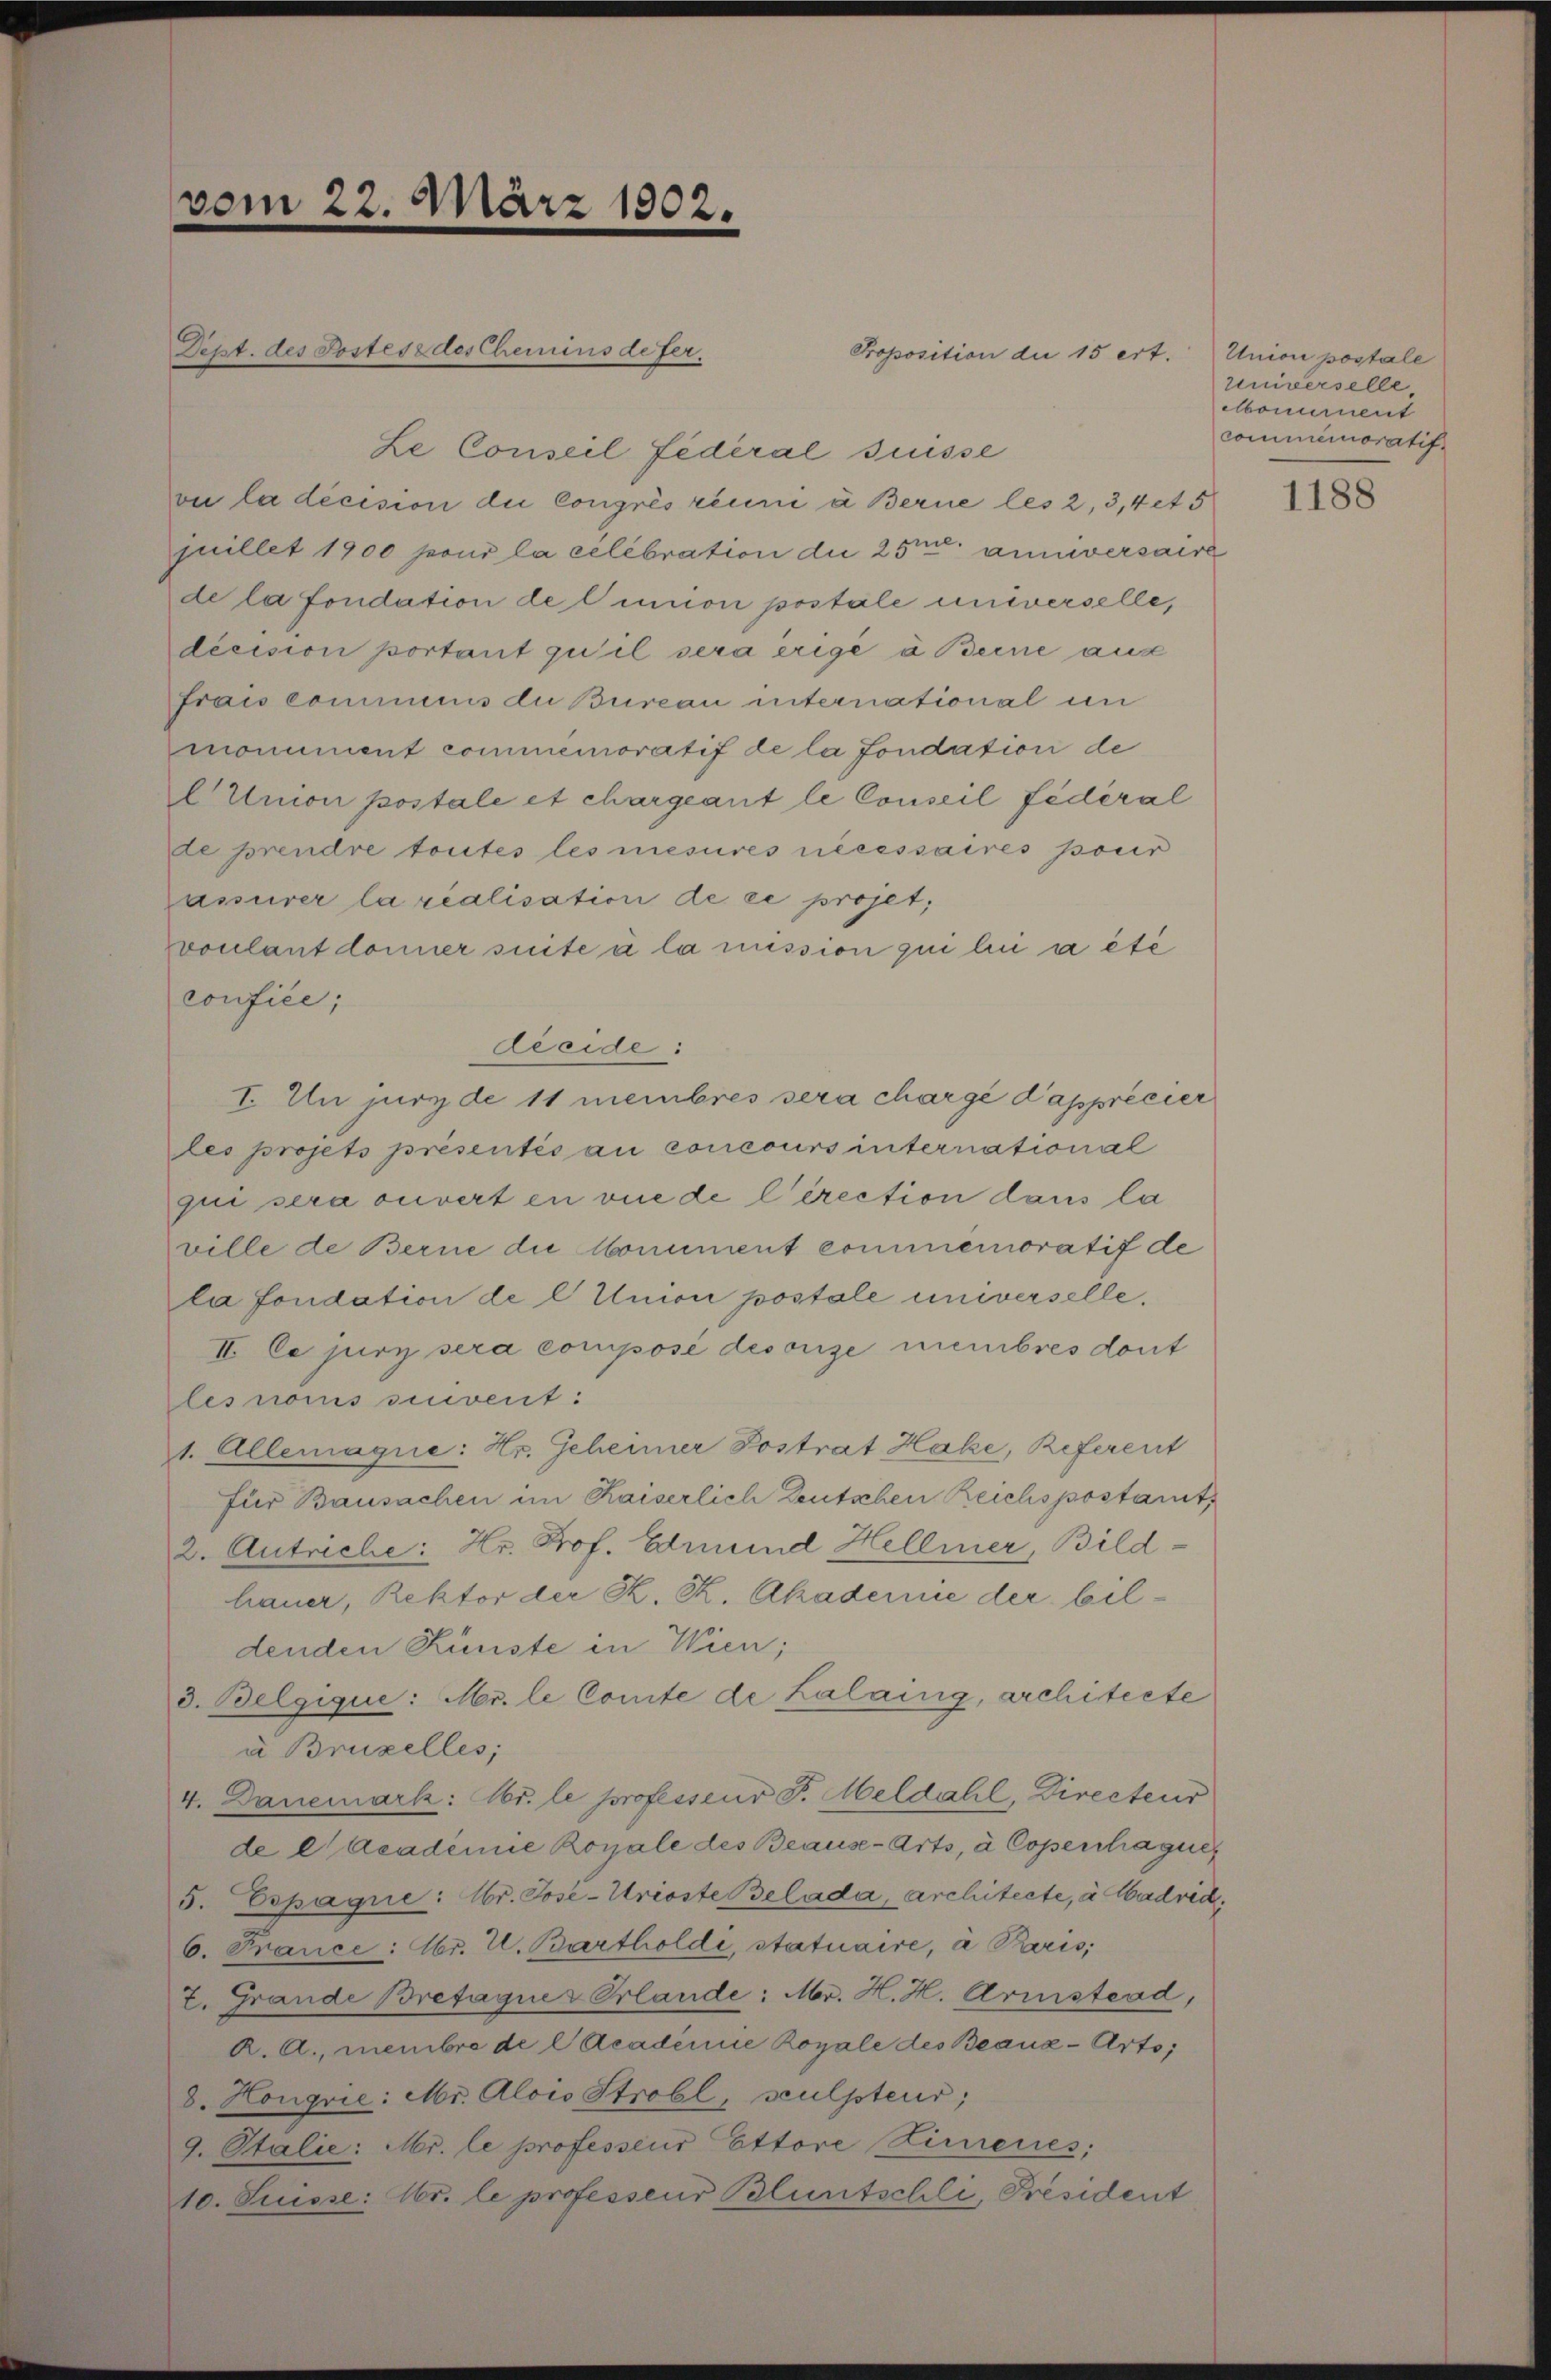
vom 22. März 1802.

Proposition die 15 ert. Union postale
Le Conseil fédéral Suisse
vi la décision die Congrés réuni à Berne les 2, 3, 4 et 5
juillet 1900 pour la celebration die 250. anniversaire
de la fondation de linnon postale universelle,
decision portant qu’il sera erige à Beine aus
frais commnis du Bureau international in
monument commemoratif de la fondation de
Unon postale et chargeant le Conseil fédéral
de prendre toutes les mesures nécessaires pour
passurer la realisation de ce projet,
voulant donier suite à la mission qui lui a été
confiée;
deeide:
I. Um jure de 11 membres sera chargé d’apprécier
les projets présentés au concours international
qui sera ouvert en vue de l’irection dans la
ville de Berne die Monument commemoratif de
la fondation de l Union postale universelle.
II. Ce juri sera composé disorise membres dont
les noms suivent:
1. Allemaque: Hr. Geheimer Postrat Hake, Referent
für Bausachen im Kaiserlich Deutschen Reichspostamt,
2. Antriche: Hr. Prof. Edmund Hellmer, Bild-
hauer, Rektor der K. K. Akademie der beldenden Künste in Wien;
d. Belgique: Mr. le Comte de Kalaing, architecte
a Bruzelles;
4. Danemark: Nr. le professeur d. Meldahl, Directeur
de Academie Royale des Beause-Arts, à Copenhague¬
5. Espaque: Hr. Jose-Urioste Belada, architecte, à adrid,
6. France: Nr. V. Bartholde, statuaire, à Paris,
2. Grande Bretaquer Erlande: Mr. H. H. Aristend,
K. A., membre de l Academie Royale des Beauz-Arto,
8. Hongrie: Mr. Alois Strobl, sculpteur;
9. Stalie: Mr. le professeur Ettore Linieres;
10. Suisse: Abr. le professeur Bluntschli, Président

Dept. des Postes des Chemins de fer¬

Universelle
Monument
commemoratif

1188